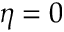
\eta = 0